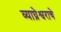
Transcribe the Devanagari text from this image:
व्याघ्रेश्वराचे